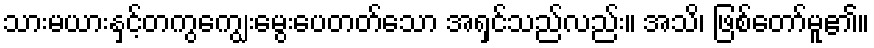
သားမယားနှင့်တကွကျွေးမွေးပေတတ်သော အရှင်သည်လည်း။ အသိ၊ ဖြစ်တော်မူ၏။